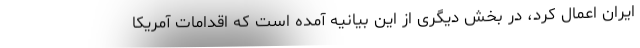
ایران اعمال کرد، در بخش دیگری از این بیانیه آمده است که اقدامات آمریکا